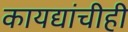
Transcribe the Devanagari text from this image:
कायद्यांचीही